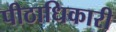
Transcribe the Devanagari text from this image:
पीठाधिकारी